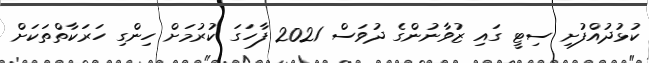
ކުޅުދުއްފުށި ސިޓީ ގައި ޒުވާނުންގެ ދުވަސް 2021 ފާހަގަ ކުރުމަށް ހިންގި ހަރަކާތްތަކަށް